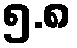
၅.၈